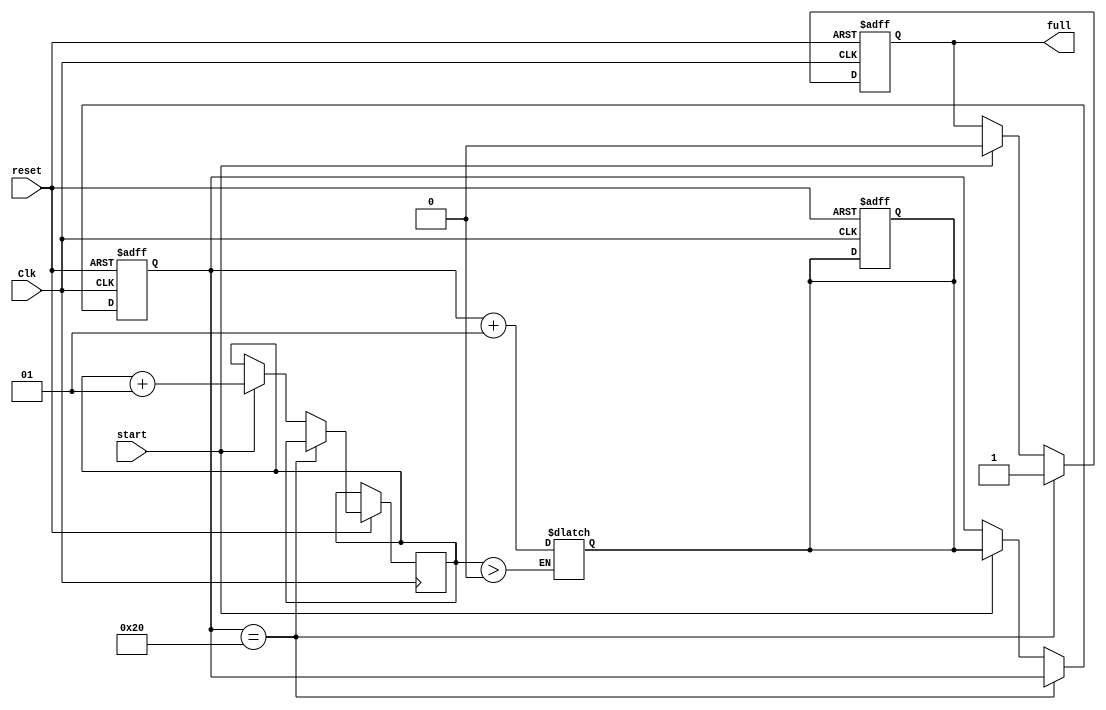
module func(input Clk,reset,start, output reg full);
reg sign;
reg [8:0]exp,fexp1,fexp2;
reg flag;
reg [32:0]Ain,Bin;
reg [23:0]a,b;
reg [47:0]s,sum;
reg [24:0]sum1,sum2;
reg [31:0]reg_C[0:95];
reg flag7[0:31];
integer read_ptr1=0;
integer write_ptr1=64;
integer write_ptr2=64;
integer i=0;
reg [31:0]C_val;
reg flag_val;

always @(posedge Clk or negedge reset)
begin 
if(!reset) 
begin
Ain<=32'h0000_0000;
Bin<=32'h0000_0000;
read_ptr1<=0;
write_ptr1<=64; 
full<=1'b0; 
write_ptr2<=64; 
end 

else if(write_ptr1==32)
begin 
full<=1'b1;
end
else if(start)
begin
full<=1'b0; 
read_ptr1<=read_ptr1+1; 
Ain<=reg_C[read_ptr1];
Bin<=reg_C[read_ptr1+32];
write_ptr1<=write_ptr2;
i<=i+1;
end
end

always @(*)
    begin
	if(start)
	begin
	exp =Ain[30:23]+Bin[30:23]-8'd127;
	if(exp>= 0 && exp <=255)
          begin
                    a={1'b1,Ain[22:0]};
                    b={1'b1,Bin[22:0]};
                    sign=Ain[31]^Bin[31];
                    flag=1'b0;
               end
	else 
		begin 
 		    a=24'd0;
                    b=24'd0;
                    exp=9'd0;
                    sign=1'b0;
                    flag=1'b1; 
		end 
	end
s=a*b;

if(s[47])

    begin
		sum=s>>1;
		fexp1=exp+1'b1;
		if(fexp1[8])
                    begin

                        flag=1'b1;  

                    end                
		         begin   
			        if(sum[22]==1'b1)
			                begin
				            sum1=sum[47:23]+1'b1;
				        end 
				else
				        begin
				            sum1=sum[47:23];
				        end

		        end
		end
	else 
	    begin
                sum=s;
                fexp1=exp; 
	                if(fexp1[8])
		                    begin
		                        flag=1'b1;     
		                    end
					begin 
						if(sum[22]==1'b1)
					            begin
						            sum1=sum[47:23]+1'b1;
					            end 
						else
					            begin
						            sum1=sum[47:23];
					            end 
					end
	end

	if(sum1[24]==1'b1)
	    begin
		sum2=sum1>>1;
		fexp2=fexp1+1'b1;
			if(fexp2[8])
			    begin
				  flag=1'b1;     
		    		end
	    end
	else
            begin
		sum2=sum1;
                fexp2=fexp1;    
	                if(fexp2[8])
		                    begin
		                        flag=1'b1;        
		                    end
            end

C_val={sign,fexp2[7:0],sum2[22:0]};
flag_val=flag;
if(i>0)
begin
reg_C[write_ptr1]=C_val;
flag7[write_ptr1]=flag_val;
write_ptr2=write_ptr1+1;
end
end
endmodule